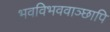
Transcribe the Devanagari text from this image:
भवविभववाञ्छापि